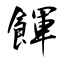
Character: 餫